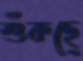
শুঁকছে